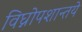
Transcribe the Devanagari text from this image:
विघ्नोपशान्तये